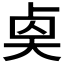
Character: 𠧵